画像に写った文字を読んでください
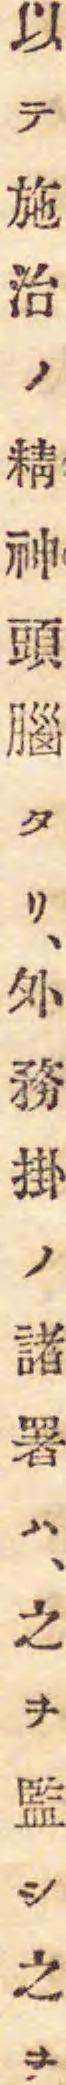
「以テ施治ノ精神頭腦タリ、外務掛ノ諸署ハ、之ヲ監シ之ヲ」と書いてあります